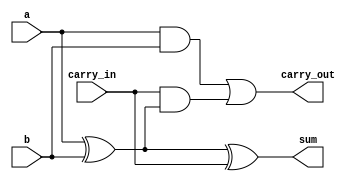
module full_adder_behavioral(
    input a,     // always wire
    input b,
	input carry_in,
    output reg sum,  // reg becoz it is used in always procedure
    output reg carry_out
    );
	always @(a or b or carry_in) begin
	sum = a^b^carry_in;
	carry_out=(a&b)|(carry_in&(a^b));
	end
endmodule